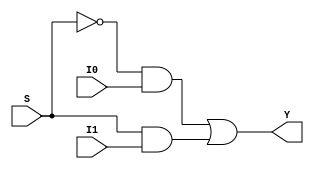
`timescale 1ns / 1ps
module mux2to1(S,I0,I1,Y);
input S,I0,I1;
output Y;
wire Sbar,O1,O2;
not U1(Sbar,S);
and U2(O1,Sbar,I0);
and U3(O2,S,I1);
or U4(Y,O1,O2);
endmodule